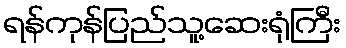
ရန်ကုန်ပြည်သူ့ဆေးရုံကြီး